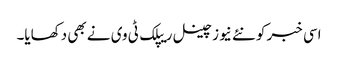
اسی خبر کو نئے نیوز چینل ریپلک ٹی وی نے بھی دکھایا۔